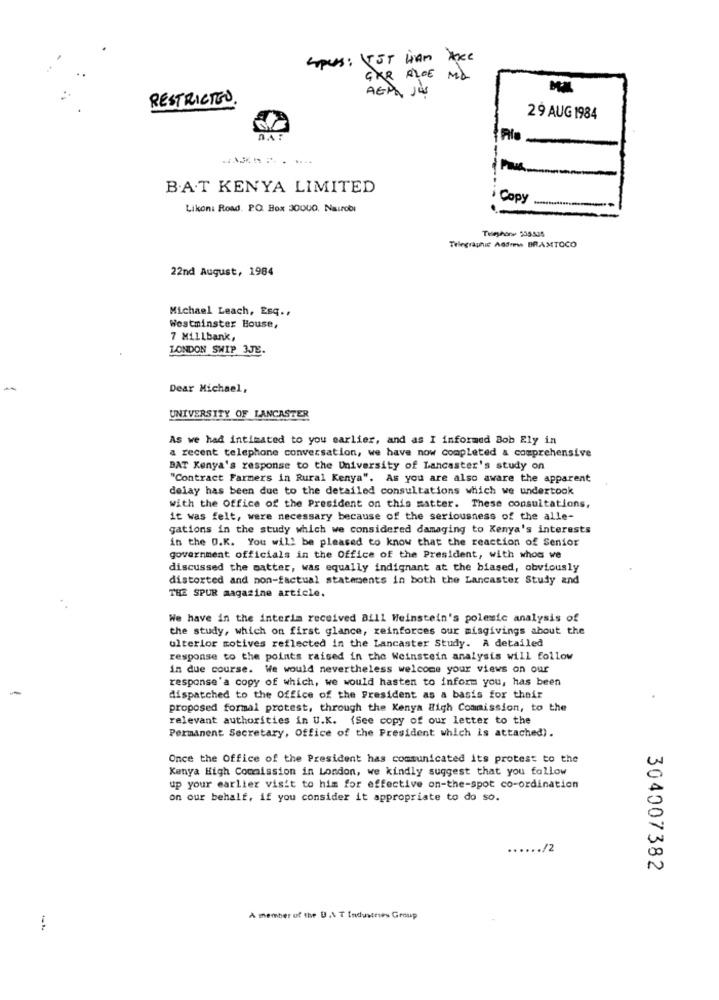
Spets : ST HAM ARE
GXR BLOE
ML
AEP JU
RESTRICTED
29 AUG 1984
Plo.
B.A.T KENYA LIMITED
Copy
Likon: Road. PO. Box 30QUO. Nairobi
Telegraphic Addons BRAMTOCO
22nd August, 1984
Michael Leach, Esq ..
Westminster House,
7 Millbank,
LONDON SHIP 3JE.
-
Dear Michael,
UNIVERSITY OF LANCASTER
As we had intimated to you earlier, and as I informed Bob Ely in
a recent telephone conversation, we have now completed & comprehensive
BAT Kenya's response to the University of Lancaster's study on
"Contract Farmers in Rural Kenya". As you are also aware the apparent
delay has been due to the detailed consultations which we undertook
with the Office of the President on this matter. These consultations,
it was felt, were necessary because of the seriousness of the alle-
gations in the study which we considered damaging to Kenya's interests
in the O.K. You will be pleased to know that the reaction of Senior
government officials in the Office of the President, with whom we
discussed the matter, was equally indignant at the biased, obviously
distorted and non-factual statements in both the Lancaster Study and
THE SPUR magazine article.
We have in the interia received Bill Weinstein's polemic analysis of
the study, which on first glance, reinforces our misgivings about the
ulterior motives reflected in the Lancaster Study. A detailed
response to the points raised in the Weinstein analysis will follow
in due course. We would nevertheless welcome your views on our
response'a copy of which, we would hasten to inform you, has been
-
dispatched to the Office of the President as a basis for their
proposed formal protest, through the Kenya High Commission, to the
relevant authorities in U.K. (See copy of our letter to the
Permanent Secretary, Office of the President which is attached).
Once the Office of the President has communicated its protest to the
Kenya High Commission in London, we kindly suggest that you follow
up your earlier visit to him for effective on-the-spot co-ordination
on our behalf, if you consider it appropriate to do so.
./2
304007382
A member of the U.AT Industries Group